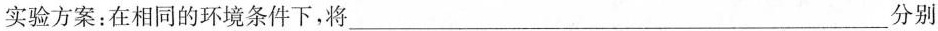
实验方案：在相同的环境条件下，将___分别